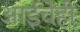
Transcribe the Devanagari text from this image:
आईचेही